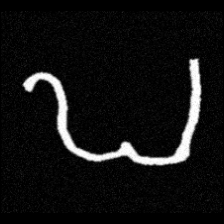
Pyu character \u2014 Myanmar letter: ဎ (romanized: ddha)